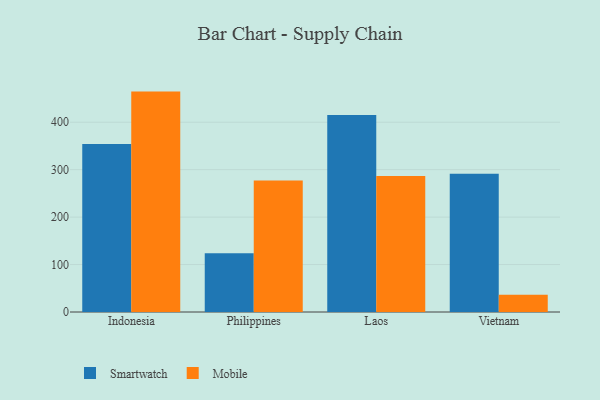
{"axis": {"x": "Country", "y": "Gross Profit (USD K)"}, "legend": ["Mobile", "Smartwatch"], "data": [{"x": "Indonesia", "y": 354.0, "type": "Smartwatch"}, {"x": "Indonesia", "y": 464.5, "type": "Mobile"}, {"x": "Philippines", "y": 123.8, "type": "Smartwatch"}, {"x": "Philippines", "y": 277.2, "type": "Mobile"}, {"x": "Laos", "y": 415.3, "type": "Smartwatch"}, {"x": "Laos", "y": 286.5, "type": "Mobile"}, {"x": "Vietnam", "y": 291.5, "type": "Smartwatch"}, {"x": "Vietnam", "y": 36.6, "type": "Mobile"}]}